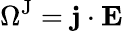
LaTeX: \Omega^{\mathrm{J}}=\mathbf{j}\cdot\mathbf{E}